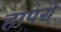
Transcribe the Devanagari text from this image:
हापसे